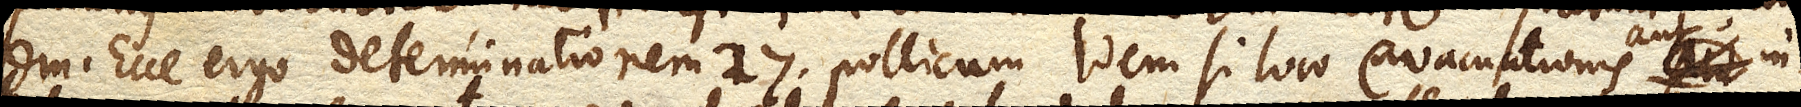
lem. Ecce ergo determinationem 27. pollicum. Idem si loco evacuationis aut in–